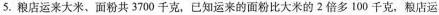
5.粮店运来大米、面粉共3700千克，已知运来的面粉比大米的2倍多100千克，粮店运